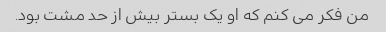
من فکر می کنم که او یک بستر بیش از حد مشت بود.